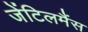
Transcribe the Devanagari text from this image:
जेंटिलमैंस